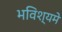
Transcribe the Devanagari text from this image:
भविश्यमे